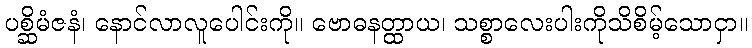
ပစ္ဆိမံဇနံ၊ နောင်လာလူပေါင်းကို။ ဗောဓနတ္ထာယ၊ သစ္စာလေးပါးကိုသိစိမ့်သောငှာ။